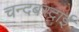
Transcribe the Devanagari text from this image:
चन्दबरदाई